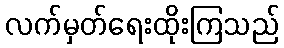
လက်မှတ်ရေးထိုးကြသည်